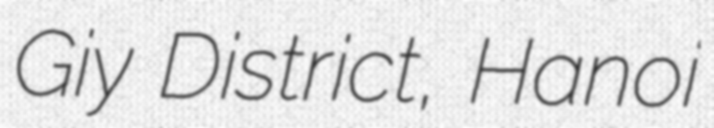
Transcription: Giấy District, Hanoi